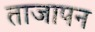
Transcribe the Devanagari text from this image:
ताजापन